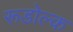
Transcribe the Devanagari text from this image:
रूडोल्क